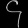
Digit: ၄